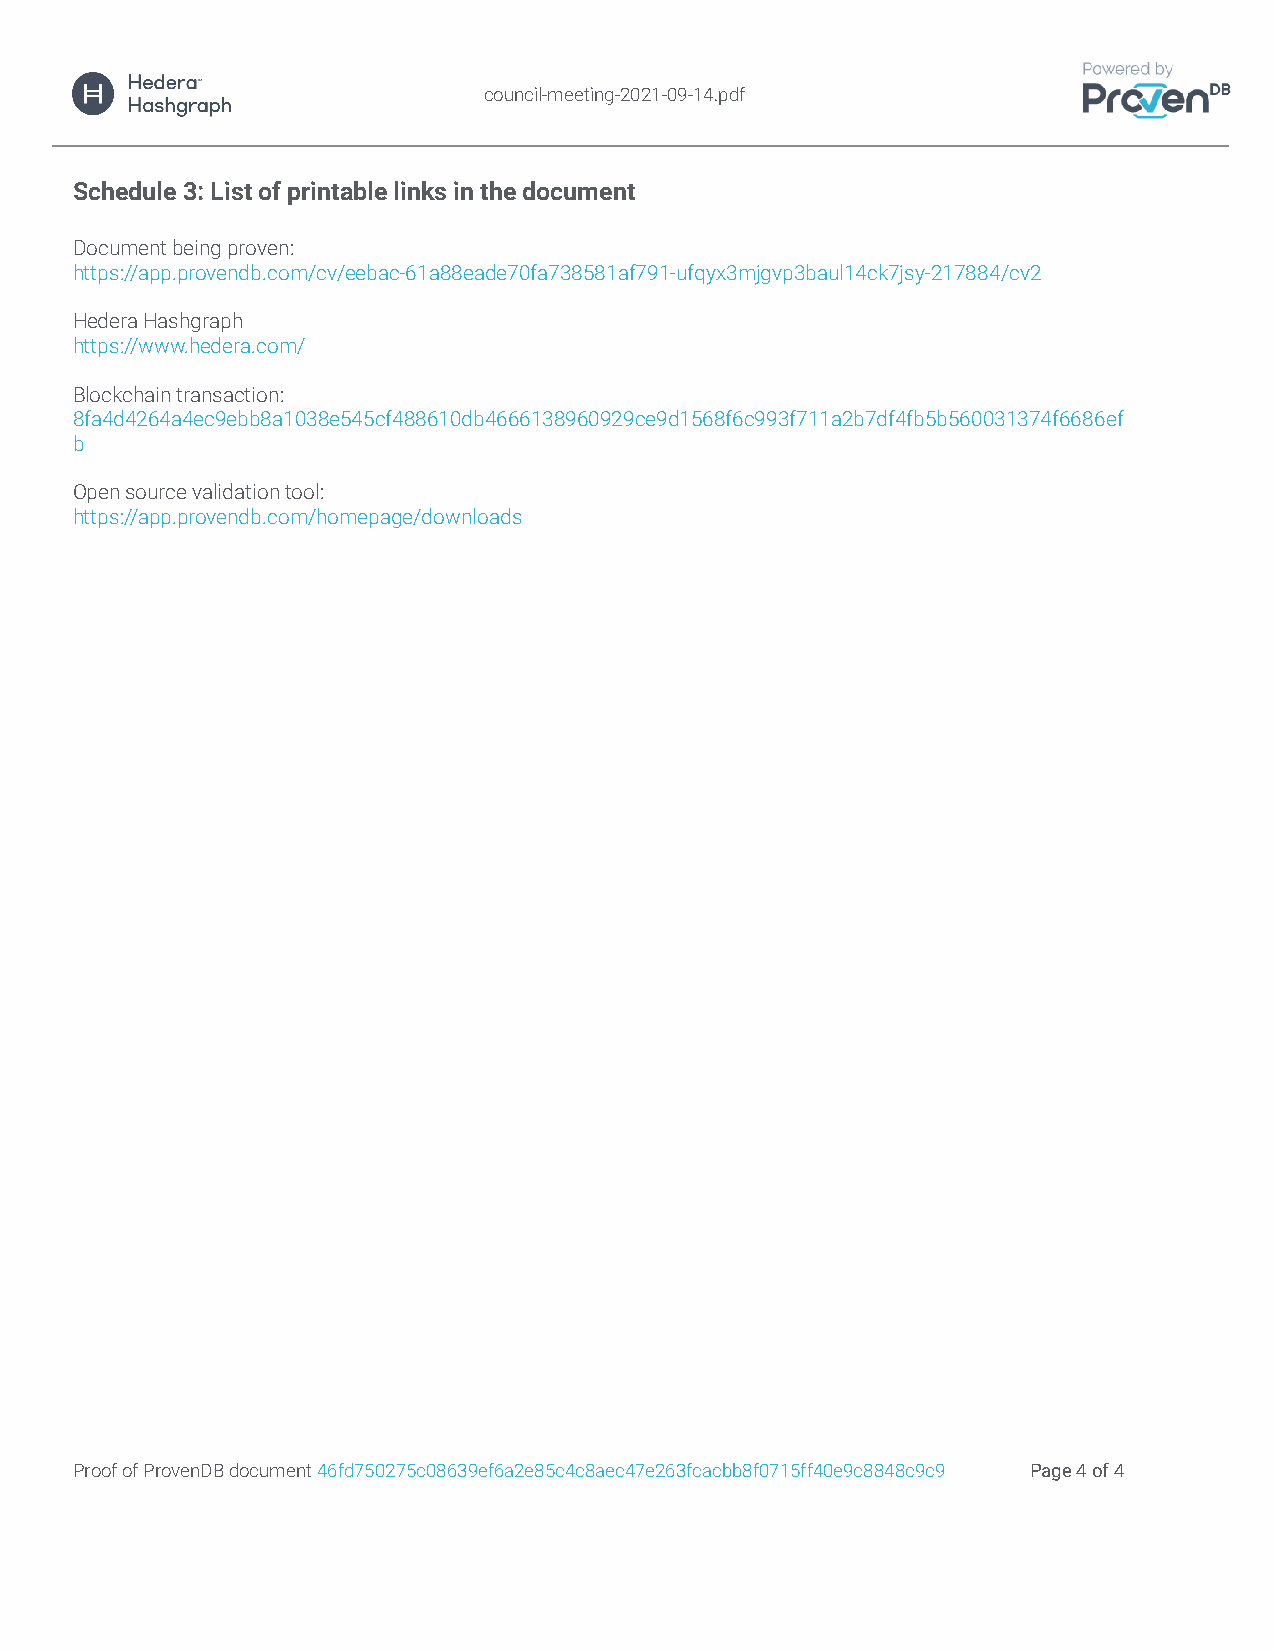
council-meeting-2021-09-14.pdf
 Schedule 3: List of printable links in the document
 Document being proven:
 https://app.provendb.com/cv/eebac-61a88eade70fa738581af791-ufqyx3mjgvp3baul14ck7jsy-217884/cv2
 Hedera Hashgraph
 https://www.hedera.com/
 Blockchain transaction:
 8fa4d4264a4ec9ebb8a1038e545cf488610db4666138960929ce9d1568f6c993f711a2b7df4fb5b560031374f6686ef
 b
 Open source validation tool:
 https://app.provendb.com/homepage/downloads
 Proof of ProvenDB document 46fd750275c08639ef6a2e85c4c8aec47e263fcacbb8f0715ff40e9c8848c9c9 Page 4 of 4